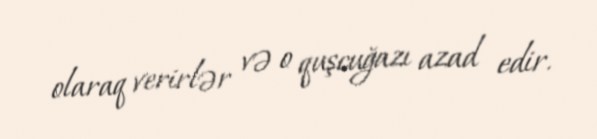
olaraq verirlər və o quşcuğazı azad edir.